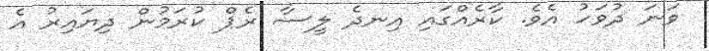
ވަނަ ދުވަހު އެވެ. ކާރެއްގައި އިނދެ ލީސާ ރެޕް ކުރަމުން ދިޔައިރު އެ